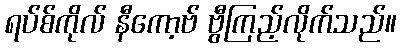
ရပ်စ်ကိုလ် နီကော့ဗ် ဗွီကြည့်လိုက်သည်။